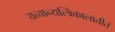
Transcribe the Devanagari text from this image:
यच्चान्यत्त्रिकालातीतं